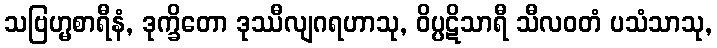
သဗြဟ္မစာရီနံ, ဒုက္ခိတော ဒုဿီလျဂရဟာသု, ဝိပ္ပဋိသာရီ သီလဝတံ ပသံသာသု,